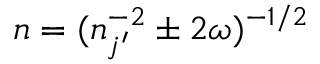
n = ( n _ { j ^ { \prime } } ^ { - 2 } \pm 2 \omega ) ^ { - 1 / 2 }